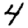
Digit: 4